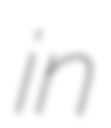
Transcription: in